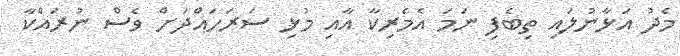
މެދު އަޅާނުލައި ތިބެފި ނަމަ އެމެރިކާ އާއި މުޅި ސަރަހައްދަށް ވެސް ނުރައްކާ